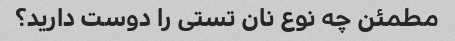
مطمئن چه نوع نان تستی را دوست دارید؟